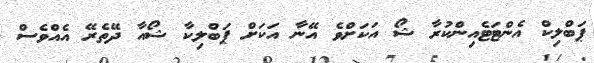
ޕަބްލިކް އެންޓަޓެއިންކުރާ ޝޯ އަކަށްވެ އޭނާ އަކަށް ޕަބްލިކާ ޝޯއާ ދޭތެރޭ އެއްވެސް